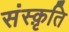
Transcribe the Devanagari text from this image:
संस्‍क़ृति